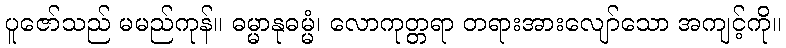
ပူဇော်သည် မမည်ကုန်။ ဓမ္မာနုဓမ္မံ၊ လောကုတ္တရာ တရားအားလျော်သော အကျင့်ကို။